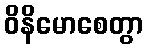
ဝိနိမောစေတွာ